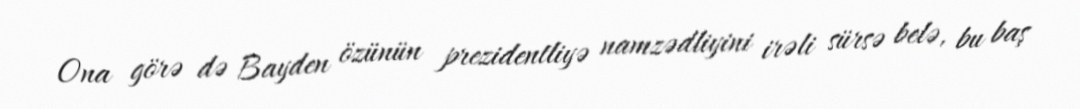
Ona görə də Bayden özünün prezidentliyə namzədliyini irəli sürsə belə, bu baş